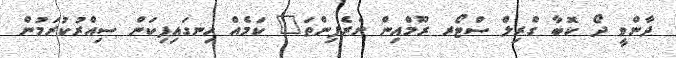
ދާންވީ ދޯ ކޮބާ ގްރިލް ސްޓޯރ ރޫމްއިން ނެރެފިންތަ" ކަމެއް ހިނގައިފިކަން ސިއްރުކުރަމުން